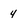
Character: 4